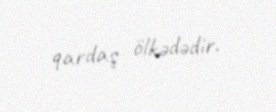
qardaş ölkədədir.